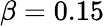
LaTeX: \beta=0.15